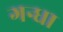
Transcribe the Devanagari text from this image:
गन्धा